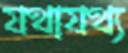
যথাযথ্য